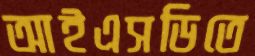
আইএসডিতে